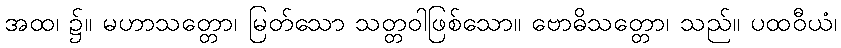
အထ၊ ၌။ မဟာသတ္တော၊ မြတ်သော သတ္တဝါဖြစ်သော။ ဗောဓိသတ္တော၊ သည်။ ပထဝီယံ၊